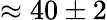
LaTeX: \approx 40\pm 2